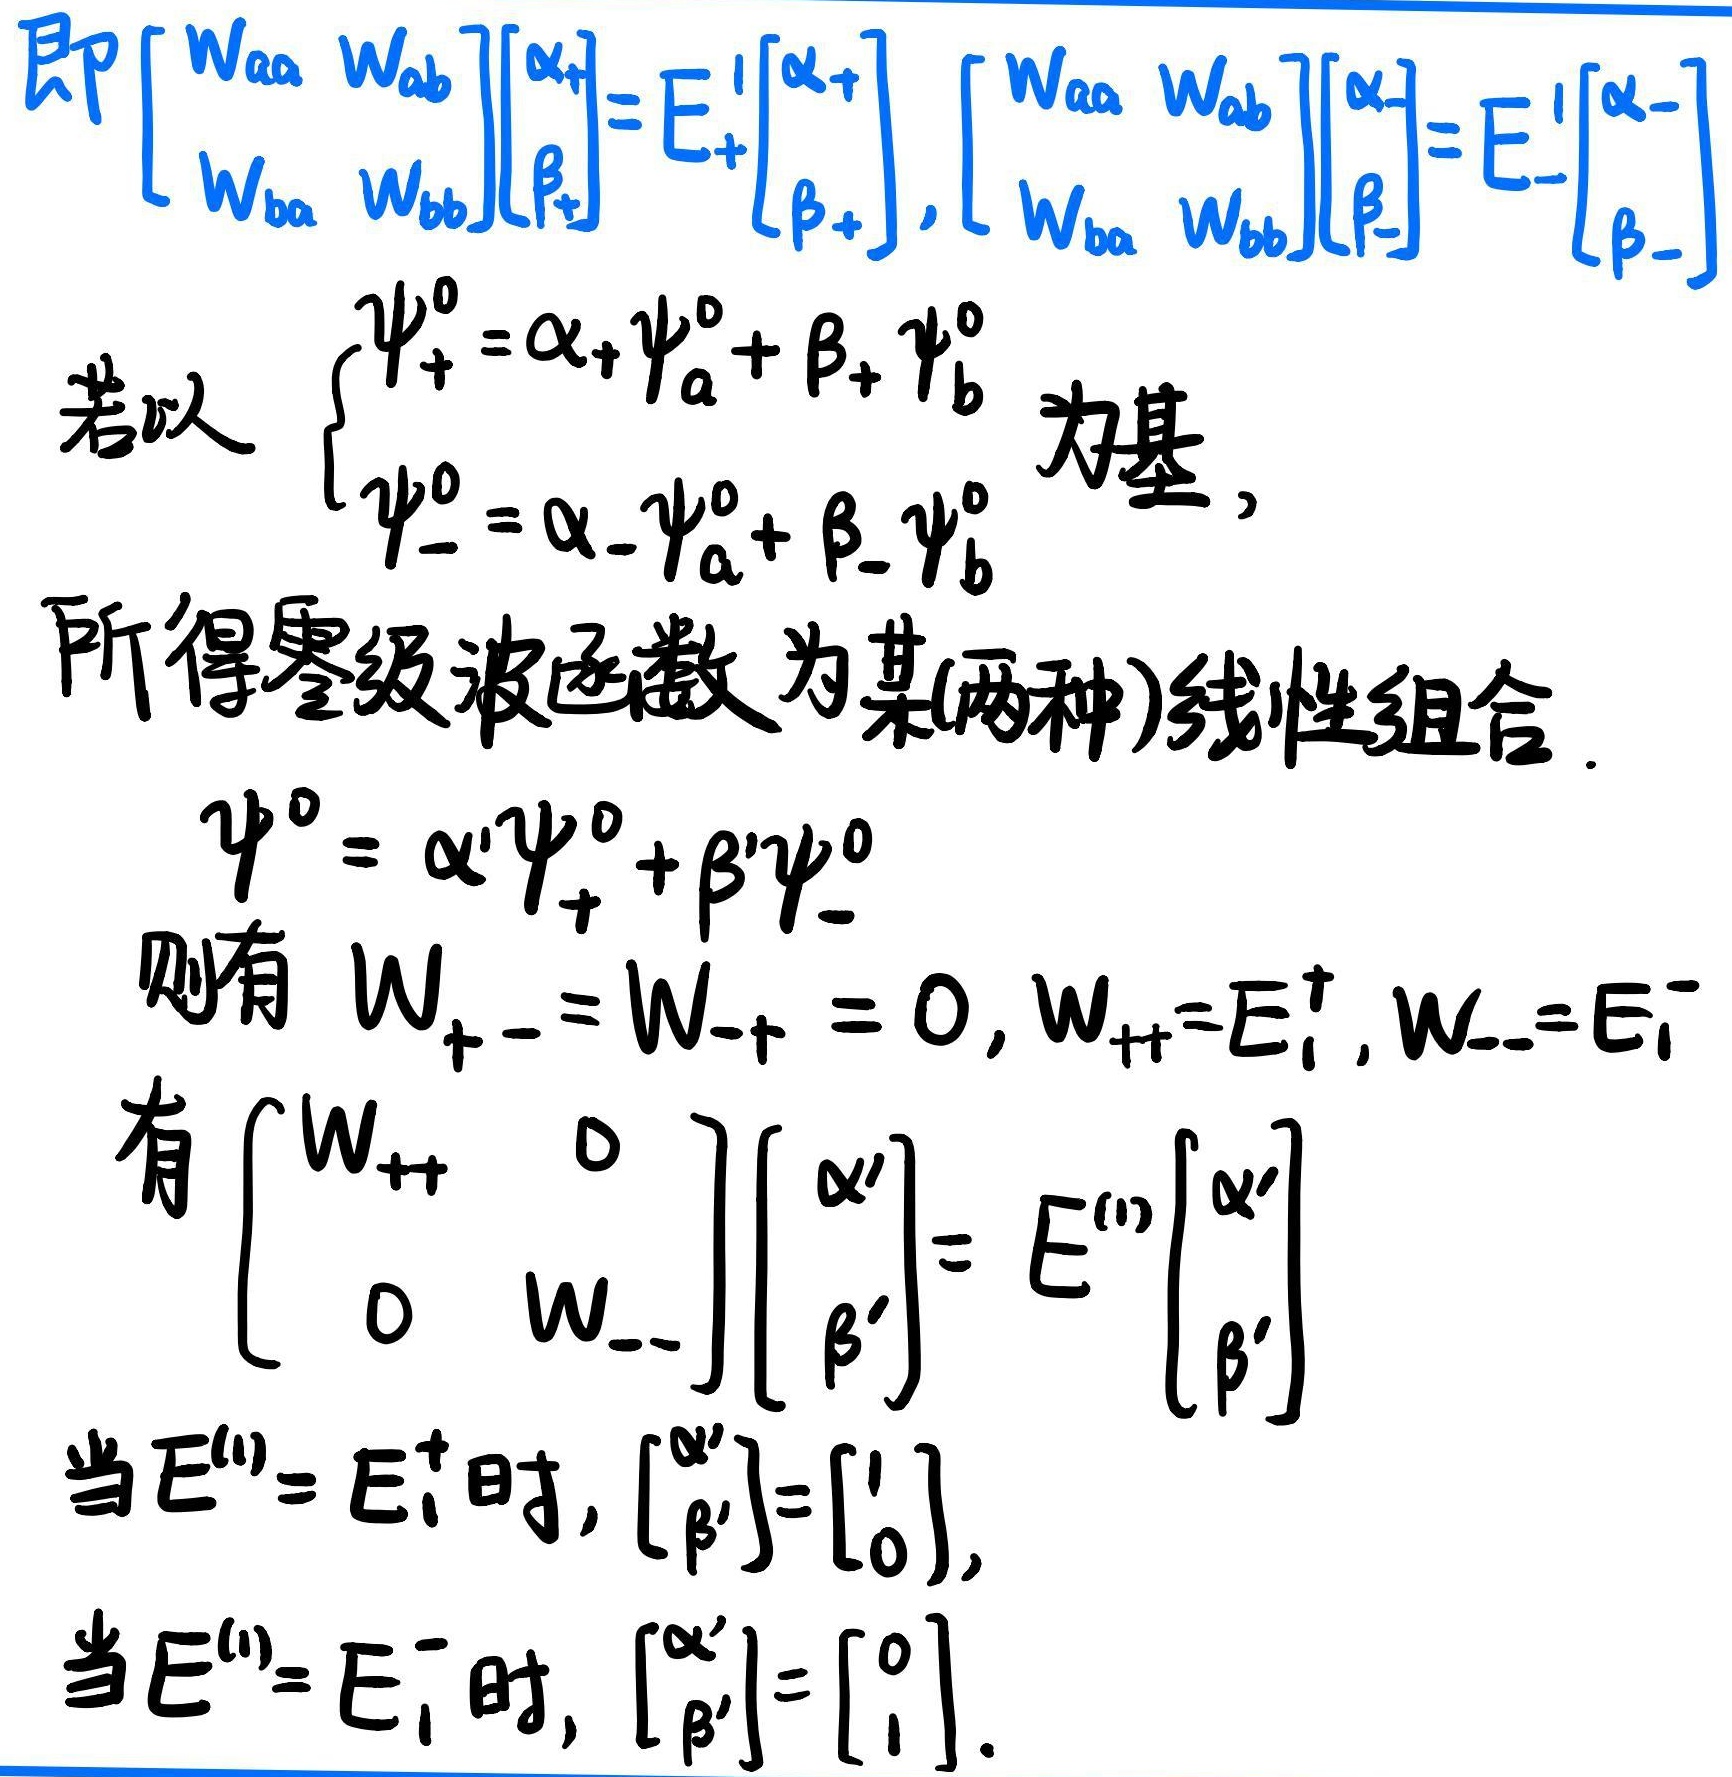
即 \(\begin{bmatrix}W_{aa}&W_{ab}\\W_{ba}&W_{bb}\end{bmatrix}\begin{bmatrix}\alpha_{+}\\\beta_{+}\end{bmatrix}=E_{+}^{I}\begin{bmatrix}\alpha_{+}\\\beta_{+}\end{bmatrix}\)，\(\begin{bmatrix}W_{aa}&W_{ab}\\W_{ba}&W_{bb}\end{bmatrix}\begin{bmatrix}\alpha_{-}\\\beta_{-}\end{bmatrix}=E_{-}^{I}\begin{bmatrix}\alpha_{-}\\\beta_{-}\end{bmatrix}\)。若以 \(\begin{cases}\psi_{+}^{0}=\alpha_{+}\psi_{a}^{0}+\beta_{+}\psi_{b}^{0}\\\psi_{-}^{0}=\alpha_{-}\psi_{a}^{0}+\beta_{-}\psi_{b}^{0}\end{cases}\) 为基，所得零级波函数为某（两种）线性组合。\(\psi^{0}=\alpha'\psi_{+}^{0}+\beta'\psi_{-}^{0}\) 则有 \(W_{+-}=W_{-+}=0\)，\(W_{++}=E_{1}^{+}\)，\(W_{--}=E_{1}^{-}\) 有 \(\begin{bmatrix}W_{++}&0\\0&W_{--}\end{bmatrix}\begin{bmatrix}\alpha'\\\beta'\end{bmatrix}=E^{(1)}\begin{bmatrix}\alpha'\\\beta'\end{bmatrix}\) 当 \(E^{(1)} = E_{1}^{+}\) 时，\(\begin{bmatrix}\alpha'\\\beta'\end{bmatrix}=\begin{bmatrix}1\\0\end{bmatrix}\)，当 \(E^{(1)} = E_{1}^{-}\) 时，\(\begin{bmatrix}\alpha'\\\beta'\end{bmatrix}=\begin{bmatrix}0\\1\end{bmatrix}\)。